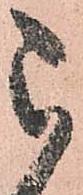
被